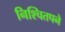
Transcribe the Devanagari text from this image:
निश्चितपने